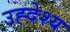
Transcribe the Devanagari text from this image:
उह्देश्य